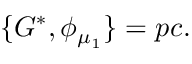
\{ G ^ { * } , \phi _ { \mu _ { 1 } } \} = p c .